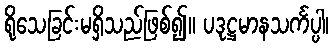
ရိုသေခြင်းမရှိသည်ဖြစ်၍။ ပဒုဋ္ဌမာနသင်္ကပ္ပါ၊